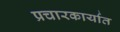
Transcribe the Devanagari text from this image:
प्रचारकार्यात